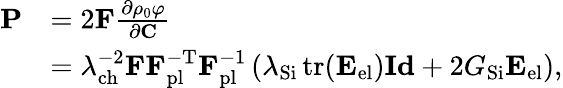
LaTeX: \begin{array}{rl}{\mathbf{P}}&{=2\mathbf{F}\frac{\partial\rho_{0}\varphi}{\partial\mathbf{C}}}\\ &{=\lambda_{\mathrm{ch}}^{-2}\mathbf{F}\mathbf{F}_{\mathrm{pl}}^{-\mathrm{T}}\mathbf{F}_{\mathrm{pl}}^{-1}\left(\lambda_{\mathrm{Si}}\operatorname{tr}(\mathbf{E}_{\mathrm{el}})\mathbf{Id}+2G_{\mathrm{Si}}\mathbf{E}_{\mathrm{el}}\right),}\end{array}